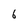
Character: 6